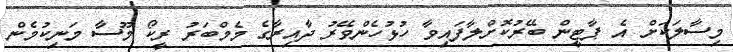
މިސާލަކަށް އެ ޕާޓީން ބޭރުކޮށްލާފައިވާ ހުޅުހެންވޭރު ދާއިރާގެ މެމްބަރު ރީކޯ މޫސާ މަނިކުމެން